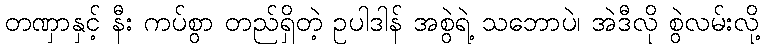
တဏှာနှင့် နီး ကပ်စွာ တည်ရှိတဲ့ ဥပါဒါန် အစွဲရဲ့ သဘောပဲ၊ အဲဒီလို စွဲလမ်းလို့